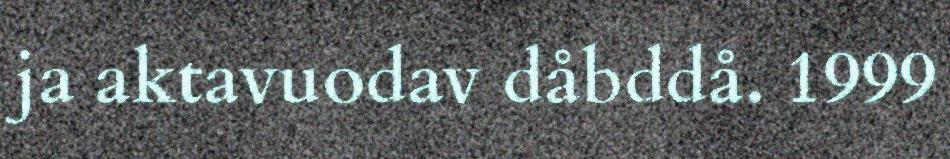
ja aktavuodav dåbddå. 1999